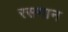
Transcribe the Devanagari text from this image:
रसगान